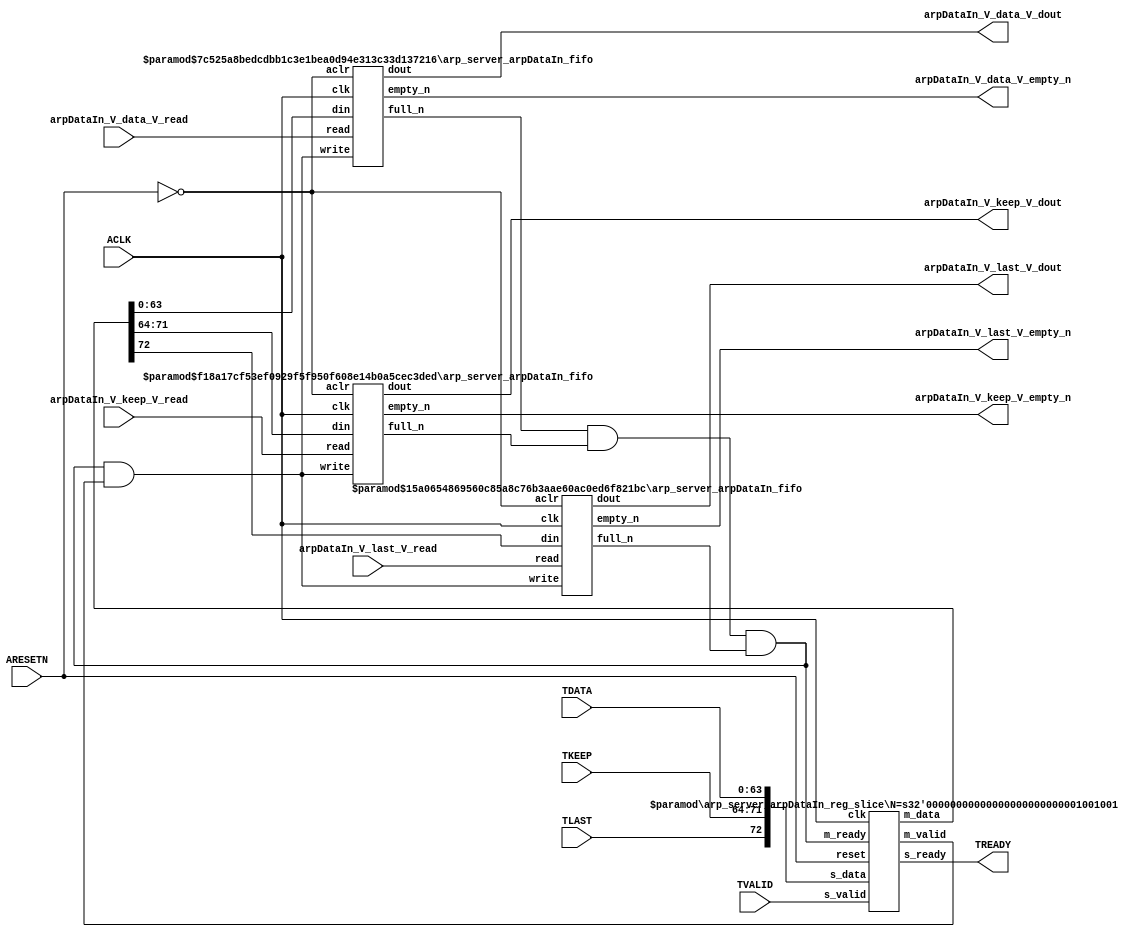
// ==============================================================
// File generated by Vivado(TM) HLS - High-Level Synthesis from C, C++ and SystemC
// Version: 2015.1
// Copyright (C) 2015 Xilinx Inc. All rights reserved.
// 
// ==============================================================


`timescale 1ns/1ps

module arp_server_arpDataIn_if (
    // AXI4-Stream singals
    input  wire        ACLK,
    input  wire        ARESETN,
    input  wire        TVALID,
    output wire        TREADY,
    input  wire [63:0] TDATA,
    input  wire [7:0]  TKEEP,
    input  wire [0:0]  TLAST,
    // User signals
    output wire [63:0] arpDataIn_V_data_V_dout,
    output wire        arpDataIn_V_data_V_empty_n,
    input  wire        arpDataIn_V_data_V_read,
    output wire [7:0]  arpDataIn_V_keep_V_dout,
    output wire        arpDataIn_V_keep_V_empty_n,
    input  wire        arpDataIn_V_keep_V_read,
    output wire [0:0]  arpDataIn_V_last_V_dout,
    output wire        arpDataIn_V_last_V_empty_n,
    input  wire        arpDataIn_V_last_V_read
);
//------------------------Local signal-------------------
// FIFO
wire [0:0]  fifo_write;
wire [0:0]  fifo_full_n;
wire [63:0] arpDataIn_V_data_V_din;
wire [0:0]  arpDataIn_V_data_V_full_n;
wire [7:0]  arpDataIn_V_keep_V_din;
wire [0:0]  arpDataIn_V_keep_V_full_n;
wire [0:0]  arpDataIn_V_last_V_din;
wire [0:0]  arpDataIn_V_last_V_full_n;
// register slice
wire [0:0]  s_valid;
wire [0:0]  s_ready;
wire [72:0] s_data;
wire [0:0]  m_valid;
wire [0:0]  m_ready;
wire [72:0] m_data;

//------------------------Instantiation------------------
// rs
arp_server_arpDataIn_reg_slice #(
    .N       ( 73 )
) rs (
    .clk     ( ACLK ),
    .reset   ( ARESETN ),
    .s_data  ( s_data ),
    .s_valid ( s_valid ),
    .s_ready ( s_ready ),
    .m_data  ( m_data ),
    .m_valid ( m_valid ),
    .m_ready ( m_ready )
);

// arpDataIn_V_data_V_fifo
arp_server_arpDataIn_fifo #(
    .DATA_BITS  ( 64 ),
    .DEPTH_BITS ( 4 )
) arpDataIn_V_data_V_fifo (
    .clk        ( ACLK ),
    .aclr       ( ~ARESETN ),
    .empty_n    ( arpDataIn_V_data_V_empty_n ),
    .full_n     ( arpDataIn_V_data_V_full_n ),
    .read       ( arpDataIn_V_data_V_read ),
    .write      ( fifo_write ),
    .dout       ( arpDataIn_V_data_V_dout ),
    .din        ( arpDataIn_V_data_V_din )
);

// arpDataIn_V_keep_V_fifo
arp_server_arpDataIn_fifo #(
    .DATA_BITS  ( 8 ),
    .DEPTH_BITS ( 4 )
) arpDataIn_V_keep_V_fifo (
    .clk        ( ACLK ),
    .aclr       ( ~ARESETN ),
    .empty_n    ( arpDataIn_V_keep_V_empty_n ),
    .full_n     ( arpDataIn_V_keep_V_full_n ),
    .read       ( arpDataIn_V_keep_V_read ),
    .write      ( fifo_write ),
    .dout       ( arpDataIn_V_keep_V_dout ),
    .din        ( arpDataIn_V_keep_V_din )
);

// arpDataIn_V_last_V_fifo
arp_server_arpDataIn_fifo #(
    .DATA_BITS  ( 1 ),
    .DEPTH_BITS ( 4 )
) arpDataIn_V_last_V_fifo (
    .clk        ( ACLK ),
    .aclr       ( ~ARESETN ),
    .empty_n    ( arpDataIn_V_last_V_empty_n ),
    .full_n     ( arpDataIn_V_last_V_full_n ),
    .read       ( arpDataIn_V_last_V_read ),
    .write      ( fifo_write ),
    .dout       ( arpDataIn_V_last_V_dout ),
    .din        ( arpDataIn_V_last_V_din )
);

//------------------------Body---------------------------
//++++++++++++++++++++++++AXI4-Stream++++++++++++++++++++
assign TREADY = s_ready;

//+++++++++++++++++++++++++++++++++++++++++++++++++++++++

//++++++++++++++++++++++++Reigister Slice++++++++++++++++
assign s_valid = TVALID;
assign m_ready = fifo_full_n;
assign s_data  = {TLAST[0:0], TKEEP[7:0], TDATA[63:0]};

//+++++++++++++++++++++++++++++++++++++++++++++++++++++++

//++++++++++++++++++++++++FIFO+++++++++++++++++++++++++++
assign fifo_write             = fifo_full_n & m_valid;
assign arpDataIn_V_data_V_din = m_data[63:0];
assign arpDataIn_V_keep_V_din = m_data[71:64];
assign arpDataIn_V_last_V_din = m_data[72:72];
assign fifo_full_n            = arpDataIn_V_data_V_full_n & arpDataIn_V_keep_V_full_n & arpDataIn_V_last_V_full_n;

//+++++++++++++++++++++++++++++++++++++++++++++++++++++++

endmodule



`timescale 1ns/1ps

module arp_server_arpDataIn_fifo
#(parameter
    DATA_BITS  = 8,
    DEPTH_BITS = 4
)(
    input  wire                 clk,
    input  wire                 aclr,
    output wire                 empty_n,
    output wire                 full_n,
    input  wire                 read,
    input  wire                 write,
    output wire [DATA_BITS-1:0] dout,
    input  wire [DATA_BITS-1:0] din
);
//------------------------Parameter----------------------
localparam
    DEPTH = 1 << DEPTH_BITS;
//------------------------Local signal-------------------
reg                   empty;
reg                   full;
reg  [DEPTH_BITS-1:0] index;
reg  [DATA_BITS-1:0]  mem[0:DEPTH-1];
//------------------------Body---------------------------
assign empty_n = ~empty;
assign full_n  = ~full;
assign dout    = mem[index];

// empty
always @(posedge clk or posedge aclr) begin
    if (aclr)
        empty <= 1'b1;
    else if (empty & write & ~read)
        empty <= 1'b0;
    else if (~empty & ~write & read & (index==1'b0))
        empty <= 1'b1;
end

// full
always @(posedge clk or posedge aclr) begin
    if (aclr)
        full <= 1'b0;
    else if (full & read & ~write)
        full <= 1'b0;
    else if (~full & ~read & write & (index==DEPTH-2'd2))
        full <= 1'b1;
end

// index
always @(posedge clk or posedge aclr) begin
    if (aclr)
        index <= {DEPTH_BITS{1'b1}};
    else if (~empty & ~write & read)
        index <= index - 1'b1;
    else if (~full & ~read & write)
        index <= index + 1'b1;
end

// mem
always @(posedge clk) begin
    if (~full & write) mem[0] <= din;
end

genvar i;
generate
    for (i = 1; i < DEPTH; i = i + 1) begin : gen_sr
        always @(posedge clk) begin
            if (~full & write) mem[i] <= mem[i-1];
        end
    end
endgenerate

endmodule

`timescale 1ns/1ps

module arp_server_arpDataIn_reg_slice
#(parameter
    N = 8   // data width
) (
    // system signals
    input  wire         clk,
    input  wire         reset,
    // slave side
    input  wire [N-1:0] s_data,
    input  wire         s_valid,
    output wire         s_ready,
    // master side
    output wire [N-1:0] m_data,
    output wire         m_valid,
    input  wire         m_ready
);
//------------------------Parameter----------------------
// state
localparam [1:0]
    ZERO = 2'b10,
    ONE  = 2'b11,
    TWO  = 2'b01;
//------------------------Local signal-------------------
reg  [N-1:0] data_p1;
reg  [N-1:0] data_p2;
wire         load_p1;
wire         load_p2;
wire         load_p1_from_p2;
reg          s_ready_t;
reg  [1:0]   state;
reg  [1:0]   next;
//------------------------Body---------------------------
assign s_ready = s_ready_t;
assign m_data  = data_p1;
assign m_valid = state[0];

assign load_p1 = (state == ZERO && s_valid) ||
                 (state == ONE && s_valid && m_ready) ||
                 (state == TWO && m_ready);
assign load_p2 = s_valid & s_ready;
assign load_p1_from_p2 = (state == TWO);

// data_p1
always @(posedge clk) begin
    if (load_p1) begin
        if (load_p1_from_p2)
            data_p1 <= data_p2;
        else
            data_p1 <= s_data;
    end
end

// data_p2
always @(posedge clk) begin
    if (load_p2) data_p2 <= s_data;
end

// s_ready_t
always @(posedge clk) begin
    if (~reset)
        s_ready_t <= 1'b0;
    else if (state == ZERO)
        s_ready_t <= 1'b1;
    else if (state == ONE && next == TWO)
        s_ready_t <= 1'b0;
    else if (state == TWO && next == ONE)
        s_ready_t <= 1'b1;
end

// state
always @(posedge clk) begin
    if (~reset)
        state <= ZERO;
    else
        state <= next;
end

// next
always @(*) begin
    case (state)
        ZERO:
            if (s_valid & s_ready)
                next = ONE;
            else
                next = ZERO;
        ONE:
            if (~s_valid & m_ready)
                next = ZERO;
            else if (s_valid & ~m_ready)
                next = TWO;
            else
                next = ONE;
        TWO:
            if (m_ready)
                next = ONE;
            else
                next = TWO;
        default:
            next = ZERO;
    endcase
end

endmodule